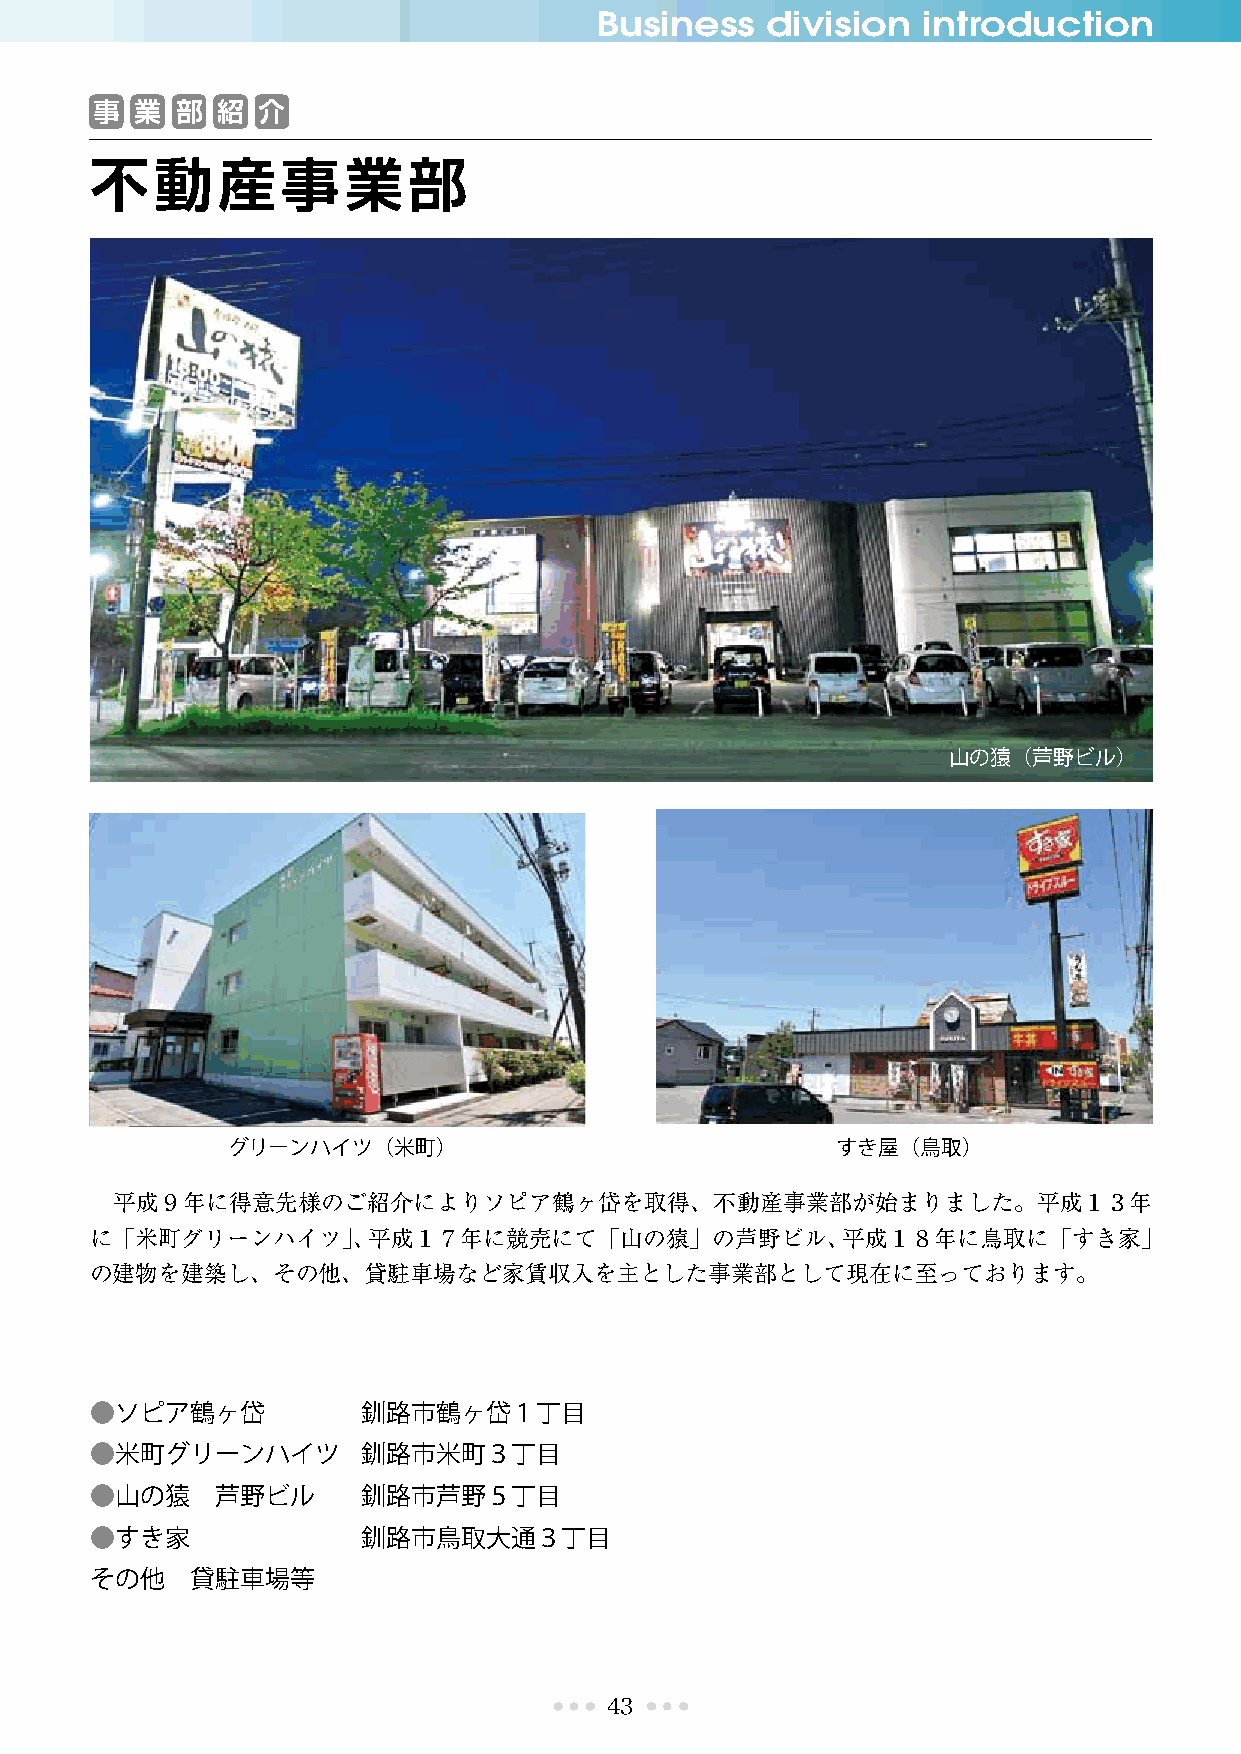
Business    division  introduction
 事  業  部 紹  介
 不動産事業部
 山の猿（芦野ビル）
 グリーンハイツ（米町）                             すき屋（鳥取）
 平成９年に得意先様のご紹介によりソピア鶴ヶ岱を取得、不動産事業部が始まりました。平成１３年
 に「米町グリーンハイツ」、平成１７年に競売にて「山の猿」の芦野ビル、平成１８年に鳥取に「すき家」
 の建物を建築し、その他、貸駐車場など家賃収入を主とした事業部として現在に至っております。
 ●ソピア鶴ヶ岱           釧路市鶴ヶ岱１丁目
 ●米町グリーンハイツ        釧路市米町３丁目
 ●山の猿    芦野ビル      釧路市芦野５丁目
 ●すき家              釧路市鳥取大通３丁目
 その他    貸駐車場等
 43